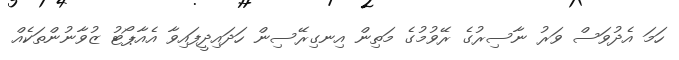
ހަމަ އެދުވަސް ވަރު ނާސިރުގެ ރޭވުމުގެ މަތިން އިނގިރޭސިން ހަދައިދީފައިވާ އެއާޕޯޓު ޒުވާނުންތަކެއް